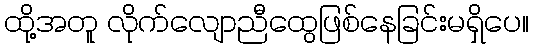
ထို့အတူ လိုက်လျောညီထွေဖြစ်နေခြင်းမရှိပေ။